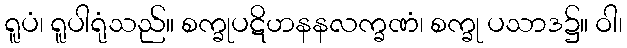
ရူပံ၊ ရူပါရုံသည်။ စက္ခုပဋိဟနနလက္ခဏံ၊ စက္ခု ပသာဒ၌။ ဝါ၊